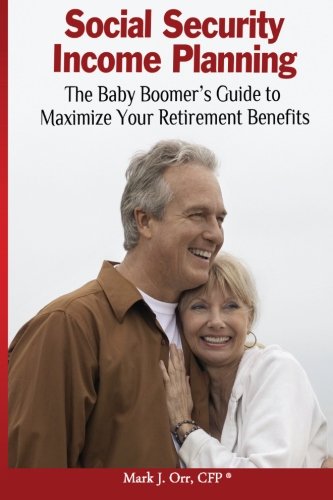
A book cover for Social Security Income Planning: The Baby Boomer's Guide to Maximize Your Retirement Benefits; Mr. Mark J. Orr CFP; Business & Money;